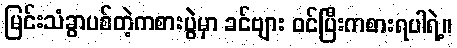
မြင်းသံခွာပစ်တဲ့ကစားပွဲမှာ ခင်ဗျား ဝင်ပြီးကစားရပါရဲ့။